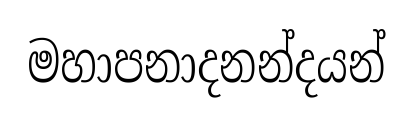
මහාපනාදනන්දයන්